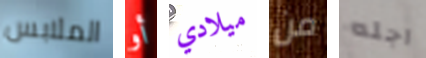
الملابس أو ميلادي من اجله